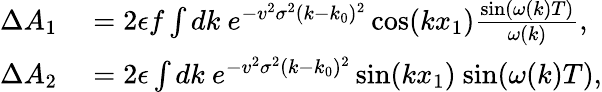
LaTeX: \begin{array}{rl}{\Delta A_{1}}&{{}=2\epsilon f\int dk\ e^{-v^{2}\sigma^{2}(k-k_{0})^{2}}\cos(kx_{1})\frac{\sin(\omega(k)T)}{\omega(k)},}\\ {\Delta A_{2}}&{{}=2\epsilon\int dk\ e^{-v^{2}\sigma^{2}(k-k_{0})^{2}}\sin(kx_{1})\ {\sin(\omega(k)T)},}\end{array}